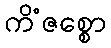
ကိံဇစ္စော